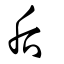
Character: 后